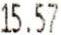
15.57